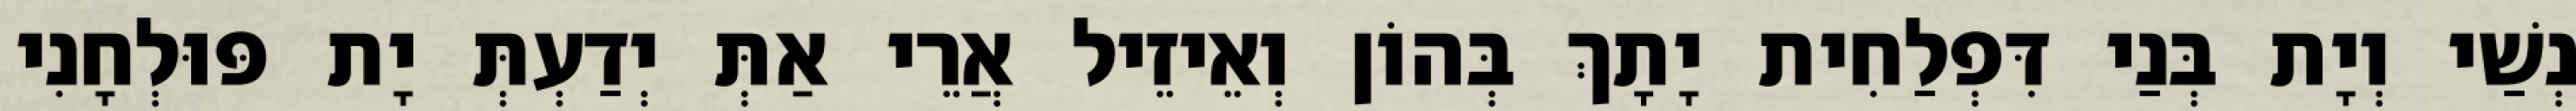
נְשַׁי וְיָת בְּנַי דִּפְלַחִית יָתָךְ בְּהוֹן וְאֵיזֵיל אֲרֵי אַתְּ יְדַעְתְּ יָת פּוּלְחָנִי